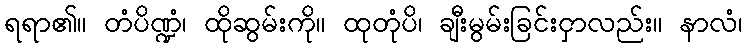
ရရာ၏။ တံပိဏ္ဍံ၊ ထိုဆွမ်းကို။ ထုတုံပိ၊ ချီးမွမ်းခြင်းငှာလည်း။ နာလံ၊